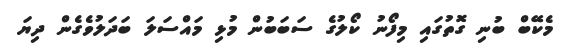
މެކޭބް ބުނި ގޮތުގައި މިފޯނު ކޯލުގެ ސަބަބުން މުޅި މައްސަލަ ބަދަލުވެގެން ދިޔަ